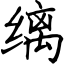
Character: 缡